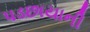
પડછાયાની